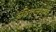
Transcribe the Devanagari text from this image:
रुधिराप्लुतमेव